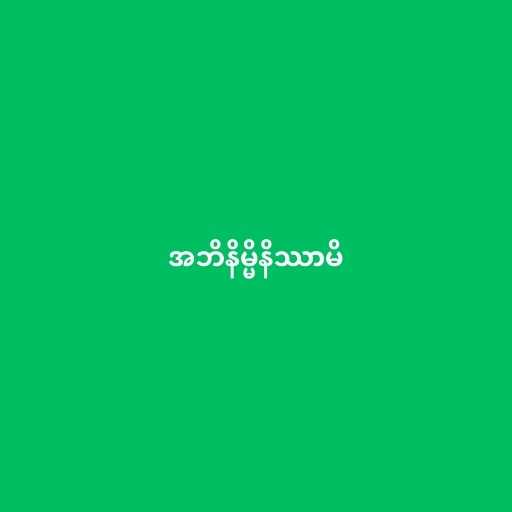
အဘိနိမ္မိနိဿာမိ